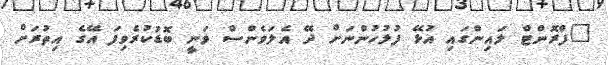
"ފްރޮންޓް ލައިންގައި އުޅޭ ފުލުހުންނަށް ދޭ އެލަވެންސް ވަނީ ބޮޑުކުރެވިފަ އޭގެ އިތުރަށް